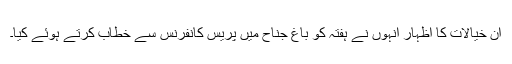
ان خیالات کا اظہار انہوں نے ہفتہ کو باغ جناح میں پریس کانفرنس سے خطاب کرتے ہوئے کیا۔